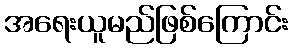
အရေးယူမည်ဖြစ်ကြောင်း